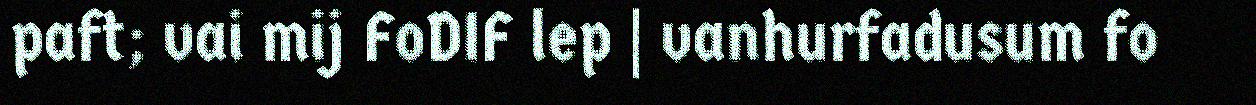
paft; vai mij FoDIF lep | vanhurfadusum fo